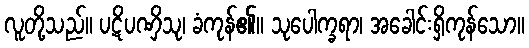
လူတို့သည်။ ပဋိပဏှိသု၊ ခံကုန်၏။ သုပေါက္ခရာ၊ အခေါင်းရှိကုန်သော။